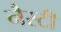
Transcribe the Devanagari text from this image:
नैस्टी